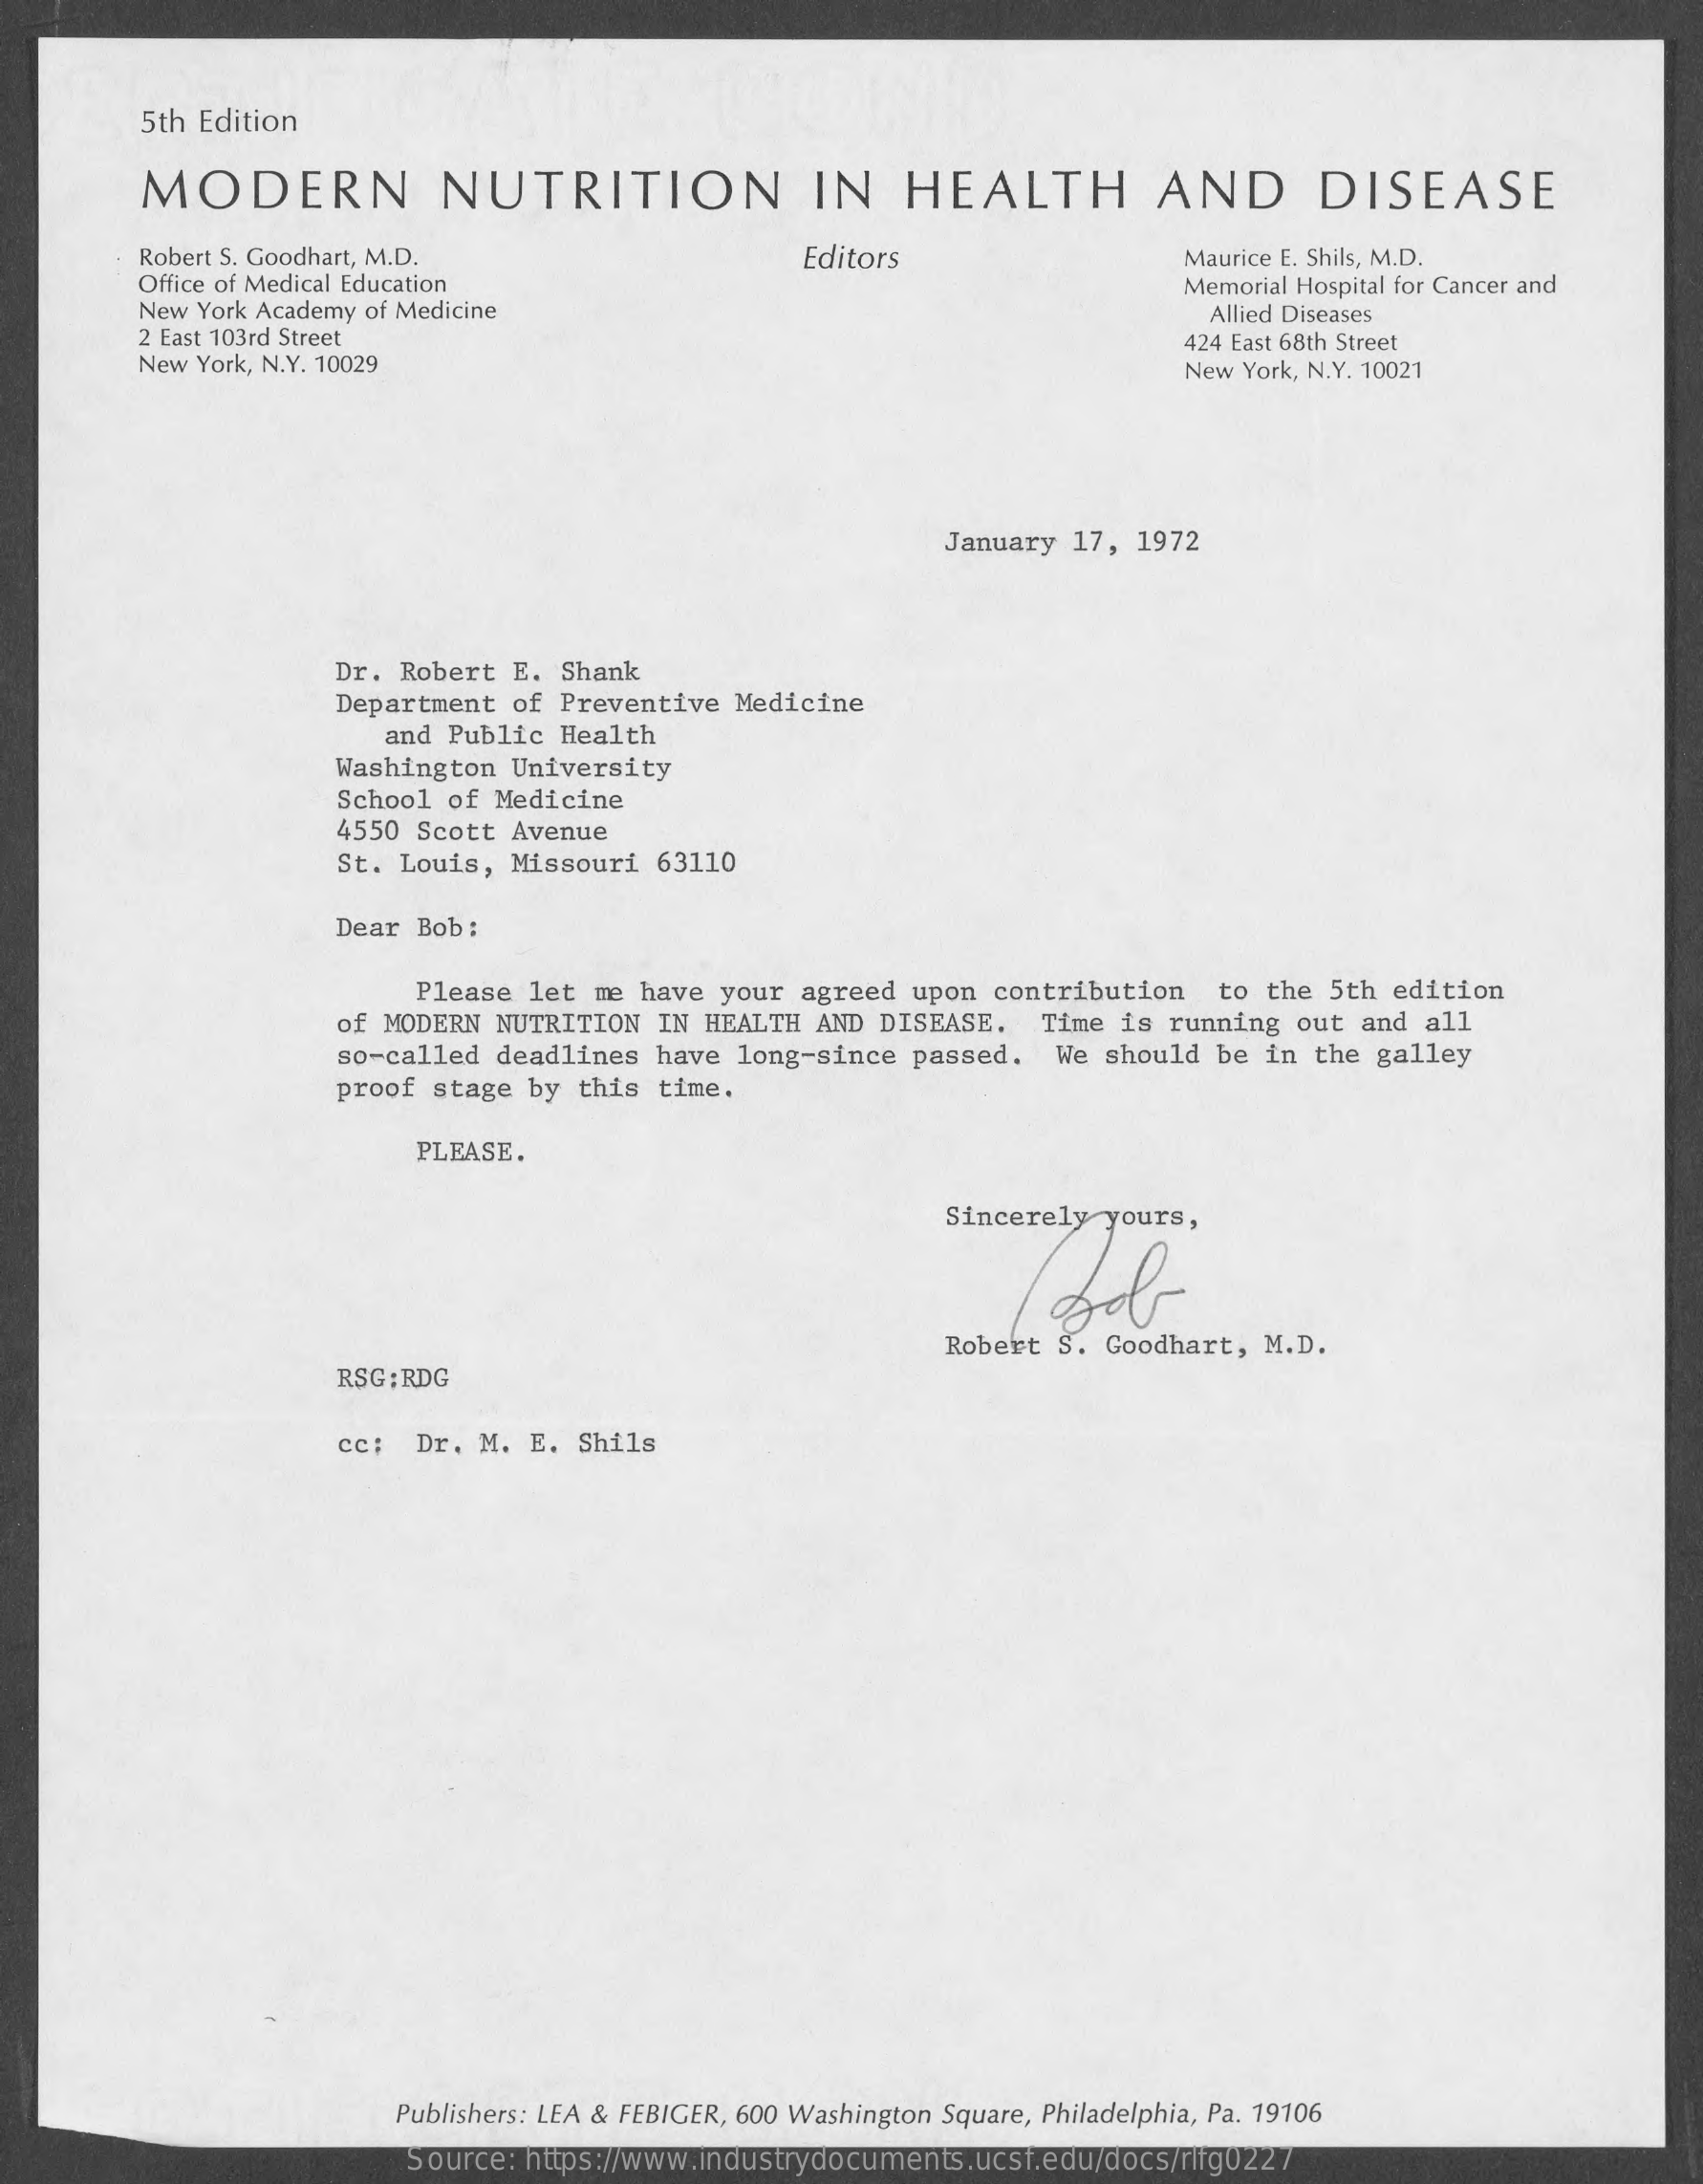
5th Edition
     MODERN    NUTRITION    IN    HEALTH    AND    DISEASE
     Robert S. Goodhart, M.D.    Editors
     Office of Medical Education
     Maurice E. Shils, M.D.
     New York Academy of Medicine
     Memorial Hospital for Cancer and
     2 East 103rd Street
     Allied Diseases
     New York, N.Y. 10029
     424 East 68th Street
     New York, N.Y. 10021
     January  17, 1972
     Dr. Robert  E.  Shank
     Department  of Preventive   Medicine
     and Public Health
     Washington  University
     School  of Medicine
     4550 Scott Avenue
     St. Louis, Missouri  63110
     Dear  Bob:
     Please let  me have your  agreed  upon contribution    to the  5th edition
     of MODERN NUTRITION  IN HEALTH  AND DISEASE.    Time is running  out  and all
     so-called  deadlines  have  long-since  passed.  We  should  be in the  galley
     proof  stage by  this time.
     PLEASE.
     Sincerely  yours,
     Robert  S. Goodhart,  M.D.
     RSG ; RDG
     cc: Dr.  M. E.  Shils
     Publishers: LEA & FEBIGER, 600 Washington Square, Philadelphia, Pa. 19106
     Source: https://www.industrydocuments.ucsf.edu/docs/rlfg0227